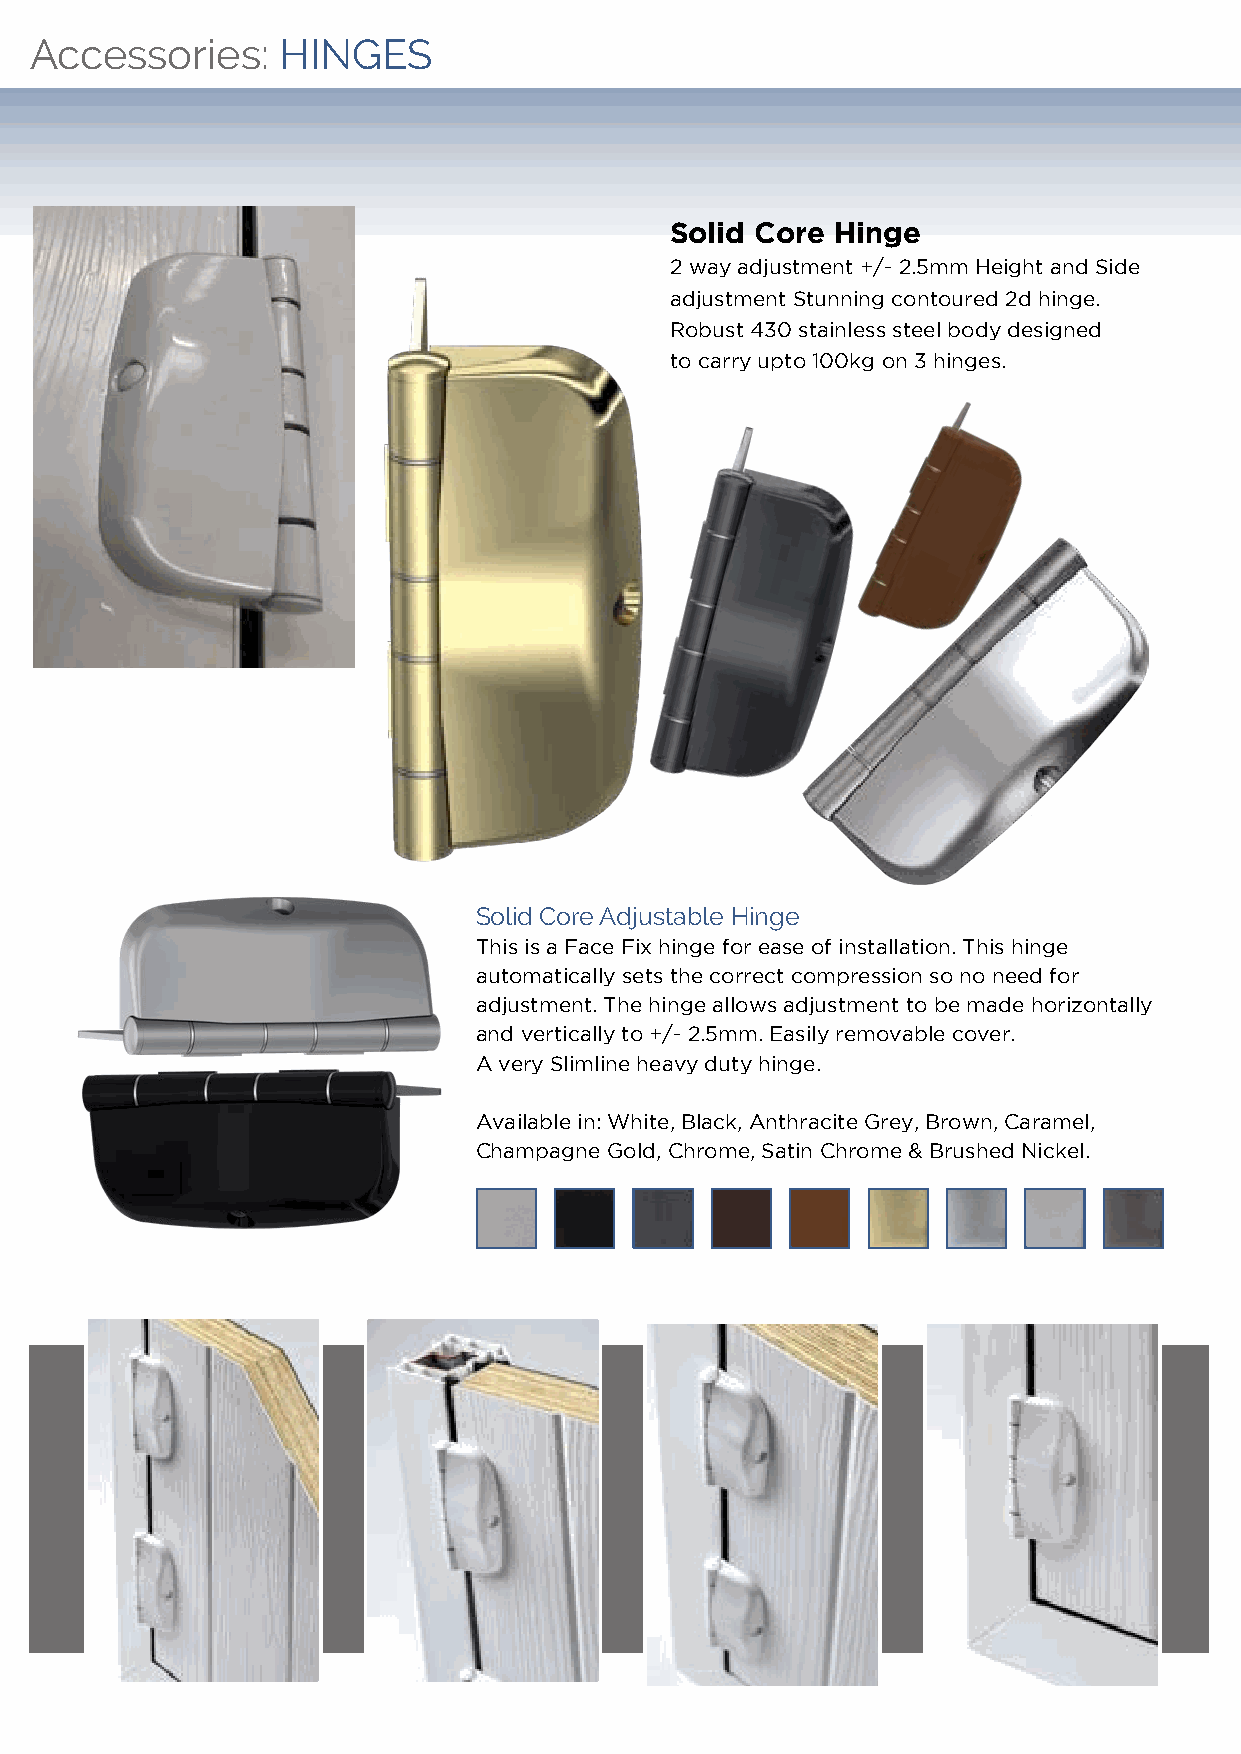
Accessories:    HINGES
 Solid Core Hinge
 2 way adjustment +/- 2.5mm Height and Side
 adjustment Stunning contoured 2d hinge.
 Robust 430 stainless steel body designed
 to carry upto 100kg on 3 hinges.
 Solid Core Adjustable Hinge
 This is a Face Fix hinge for ease of installation. This hinge
 automatically sets the correct compression so no need for
 adjustment. The hinge allows adjustment to be made horizontally
 and vertically to +/- 2.5mm. Easily removable cover.
 A very Slimline heavy duty hinge.
 Available in: White, Black, Anthracite Grey, Brown, Caramel,
 Champagne Gold, Chrome, Satin Chrome & Brushed Nickel.